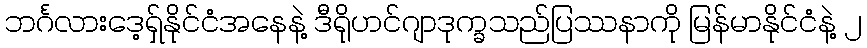
ဘင်္ဂလားဒေ့ရှ်နိုင်ငံအနေနဲ့ ဒီရိုဟင်ဂျာဒုက္ခသည်ပြဿနာကို မြန်မာနိုင်ငံနဲ့ ၂